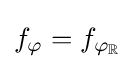
f_{\varphi }=f_{\varphi _{\mathbb {R} }}